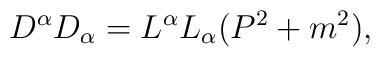
D^{\alpha}D_{\alpha}=L^{\alpha}L_{\alpha}(P^{2}+m^{2}),